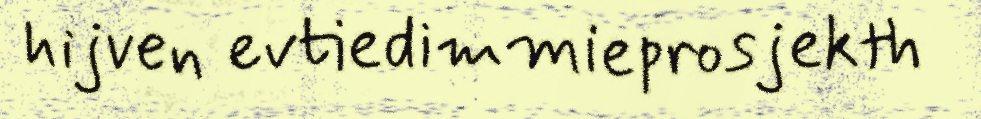
hijven evtiedimmieprosjekth